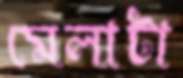
মেলাটা